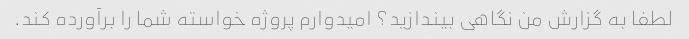
لطفا به گزارش من نگاهی بیندازید؟ امیدوارم پروژه خواسته شما را برآورده کند.